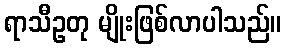
ရာသီဥတု မျိုးဖြစ်လာပါသည်။